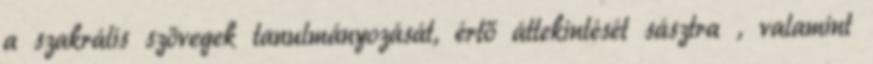
a szakrális szövegek tanulmányozását, értő áttekintését sásztra , valamint